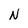
Character: N